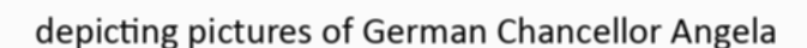
depicting pictures of German Chancellor Angela